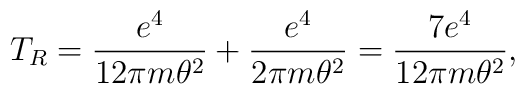
T_R=\frac{ e^4}{12 \pi m\theta^2}+\frac{ e^4}{2 \pi m\theta^2}= \frac{7 e^4}{12 \pi m\theta^2},